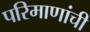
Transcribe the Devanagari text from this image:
परिमाणांची